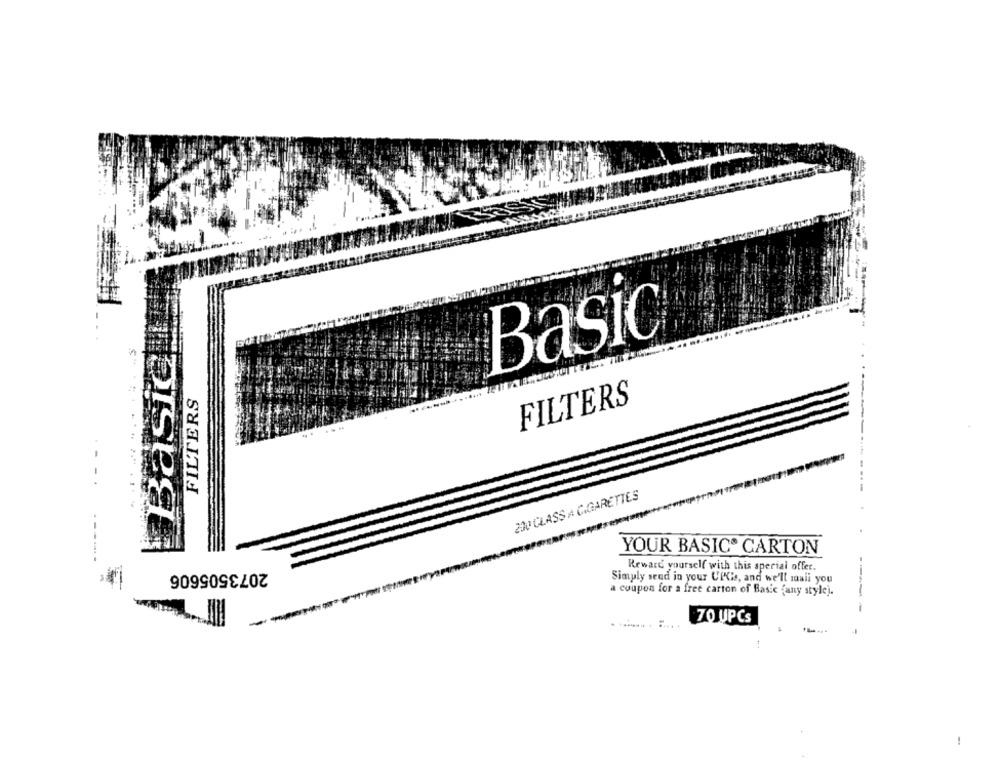
Basic.
Basic
FILTERS
FILTERS
200 CLASS A CIGARETTES
------
YOUR BASIC® CARTON
2073505606
Reward yourself with this special offer.
Simply send in your UK's, and we'll mali you
a coupon for a free carton of Basic fany style).
----
70 UPCs